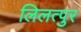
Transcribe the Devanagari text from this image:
लिलत्पुर